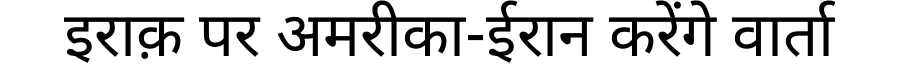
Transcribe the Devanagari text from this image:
इराक़ पर अमरीका-ईरान करेंगे वार्ता